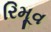
રિમૂવ